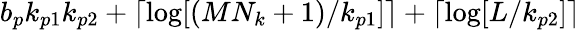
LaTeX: b_{p}k_{p1}k_{p2}+\lceil\log[(MN_{k}+1)/k_{p1}]\rceil+\lceil\log[L/k_{p2}]\rceil